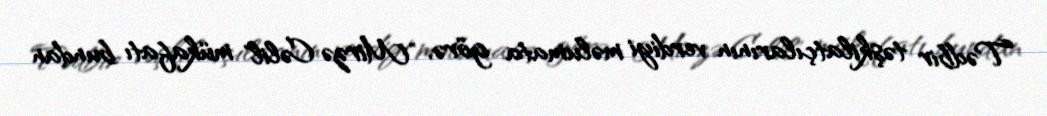
Tədbir təşkilatçılarının verdiyi məlumata görə, "Mirzə Cəlil" mükafatı bundan